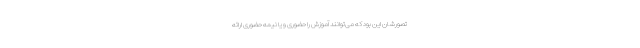
تصورشان این بود که می‌توانند آموزش را حضوری و یا نیمه حضوری ارائه